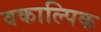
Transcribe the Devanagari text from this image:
वकाल्पिक